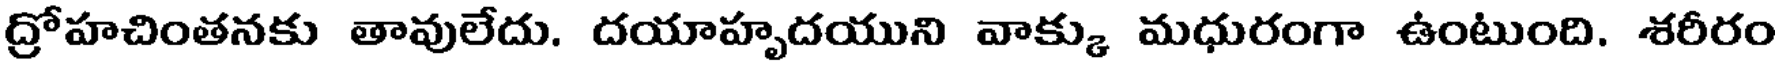
ద్రోహచింతనకు తావులేదు. దయాహృదయుని వాక్కు మధురంగా ఉంటుంది. శరీరం